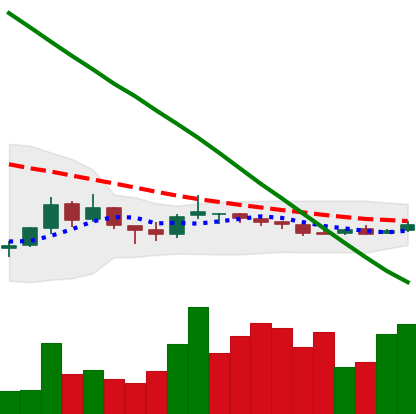
Ticker: NEO-USD
Chart end date: 2018-10-08
Forward return: -14.603%
Label: down_7plus